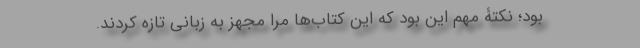
بود؛ نکتۀ مهم این بود که این کتاب‌ها مرا مجهز به زبانی تازه کردند.